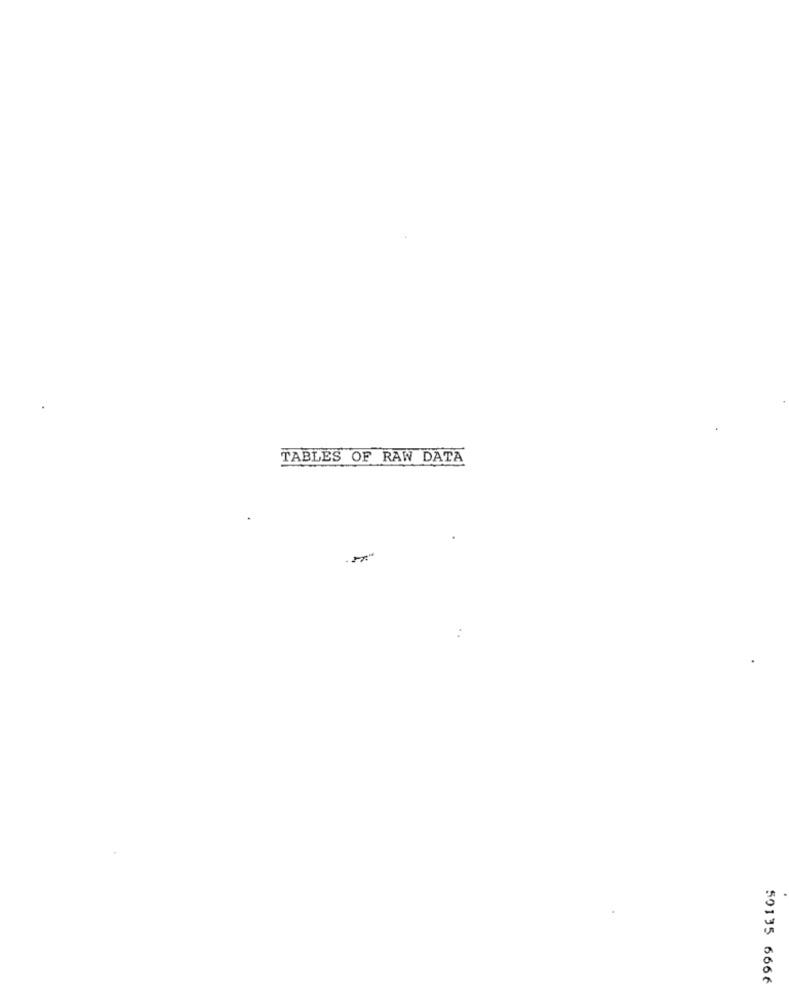
TABLES OF RAW DATA
50135 6666